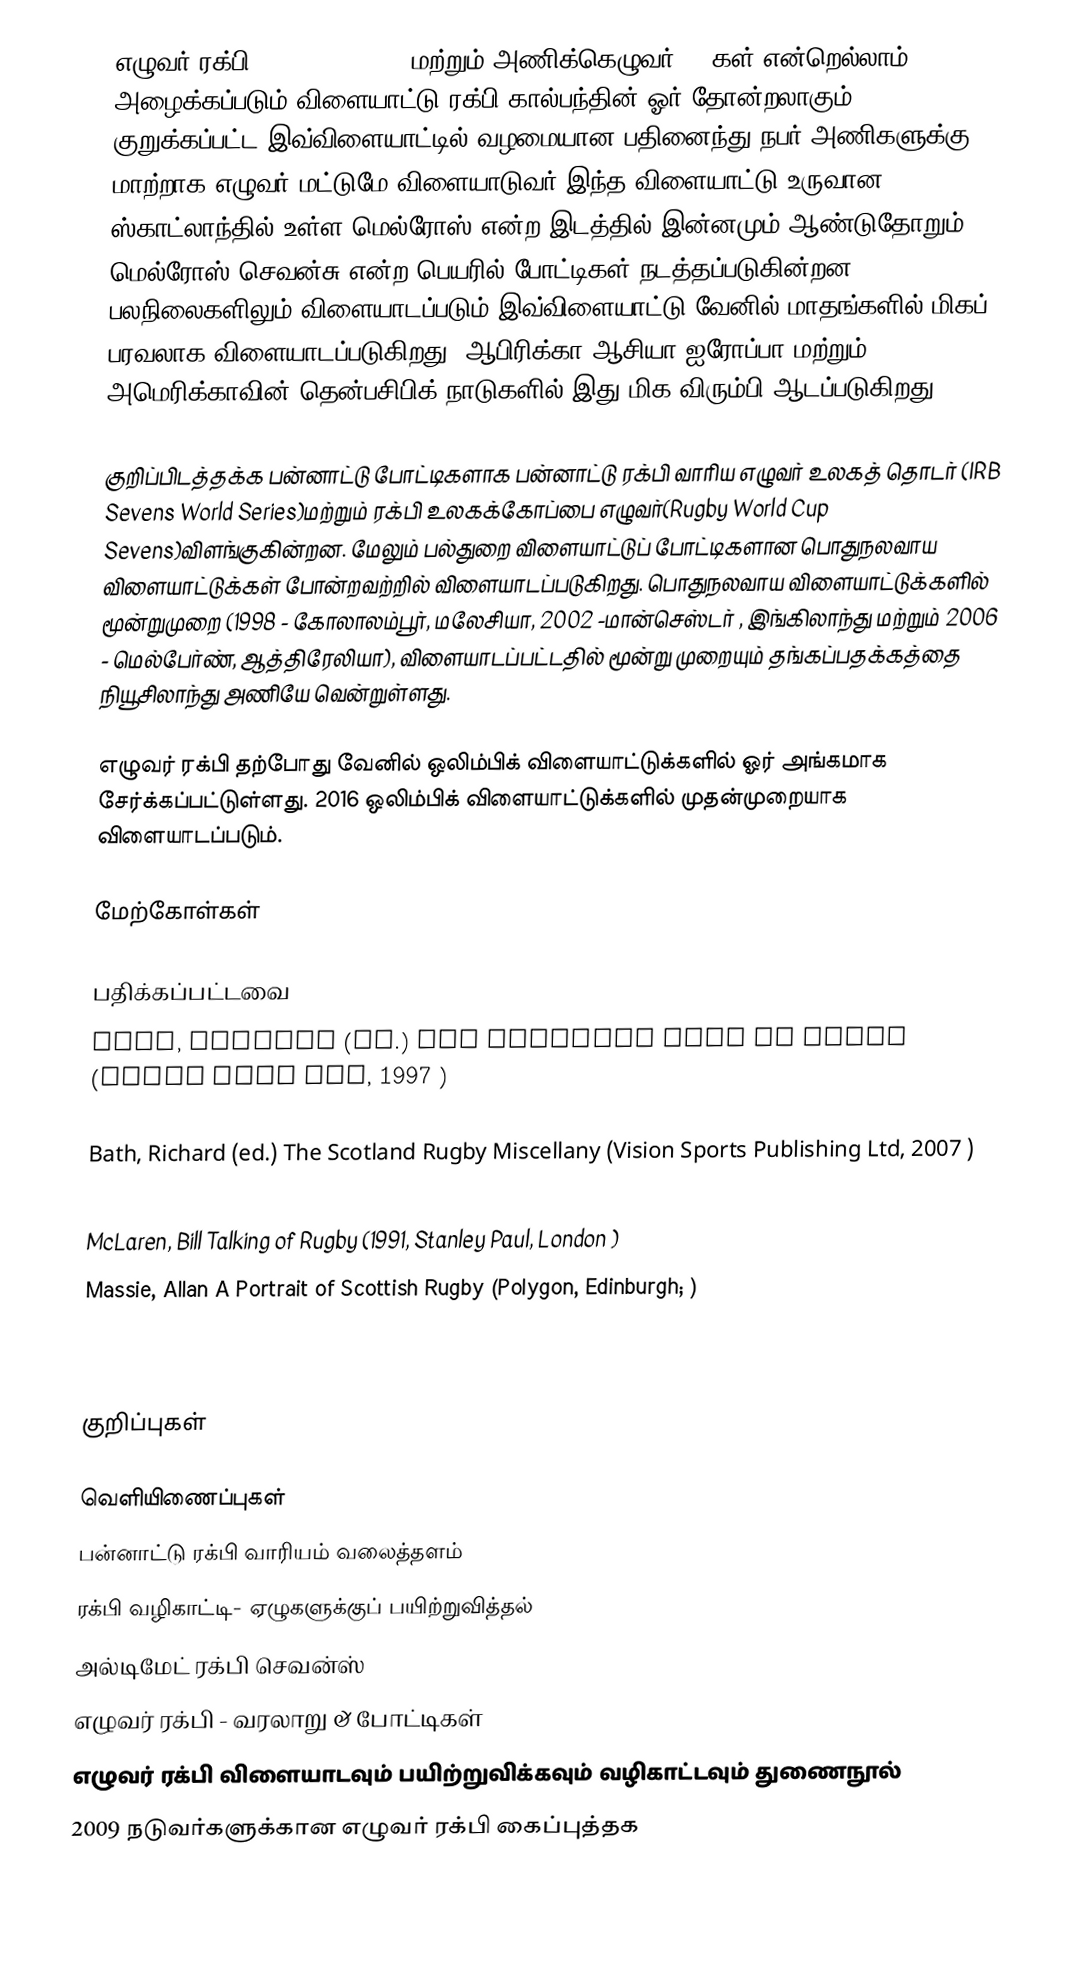
எழுவர் ரக்பி (Rugby sevens), மற்றும் அணிக்கெழுவர் VIIகள்,என்றெல்லாம் அழைக்கப்படும் விளையாட்டு ரக்பி கால்பந்தின் ஓர் தோன்றலாகும். குறுக்கப்பட்ட இவ்விளையாட்டில் வழமையான பதினைந்து நபர் அணிகளுக்கு மாற்றாக எழுவர் மட்டுமே விளையாடுவர்.இந்த விளையாட்டு உருவான  ஸ்காட்லாந்தில் உள்ள மெல்ரோஸ் என்ற இடத்தில் இன்னமும் ஆண்டுதோறும் மெல்ரோஸ் செவன்சு என்ற பெயரில் போட்டிகள் நடத்தப்படுகின்றன. பலநிலைகளிலும் விளையாடப்படும் இவ்விளையாட்டு வேனில் மாதங்களில் மிகப் பரவலாக விளையாடப்படுகிறது. ஆபிரிக்கா,ஆசியா,ஐரோப்பா மற்றும் அமெரிக்காவின் தென்பசிபிக் நாடுகளில் இது மிக விரும்பி ஆடப்படுகிறது.

குறிப்பிடத்தக்க பன்னாட்டு போட்டிகளாக பன்னாட்டு ரக்பி வாரிய எழுவர் உலகத் தொடர் (IRB Sevens World Series)மற்றும் ரக்பி உலகக்கோப்பை எழுவர்(Rugby World Cup Sevens)விளங்குகின்றன. மேலும் பல்துறை விளையாட்டுப் போட்டிகளான பொதுநலவாய விளையாட்டுக்கள் போன்றவற்றில் விளையாடப்படுகிறது. பொதுநலவாய விளையாட்டுக்களில் மூன்றுமுறை (1998 - கோலாலம்பூர், மலேசியா, 2002 -மான்செஸ்டர் , இங்கிலாந்து மற்றும் 2006 - மெல்பேர்ண், ஆத்திரேலியா), விளையாடப்பட்டதில் மூன்று முறையும் தங்கப்பதக்கத்தை நியூசிலாந்து அணியே வென்றுள்ளது.

எழுவர் ரக்பி தற்போது வேனில் ஒலிம்பிக் விளையாட்டுக்களில் ஓர் அங்கமாக சேர்க்கப்பட்டுள்ளது. 2016 ஒலிம்பிக் விளையாட்டுக்களில் முதன்முறையாக விளையாடப்படும்.

மேற்கோள்கள்

பதிக்கப்பட்டவை
 Bath, Richard (ed.) The Complete Book of Rugby (Seven Oaks Ltd, 1997 )

 Bath, Richard (ed.) The Scotland Rugby Miscellany (Vision Sports Publishing Ltd, 2007 )
 Jones, J.R. Encyclopedia of Rugby Union Football (Robert Hale, London, 1976 )
 McLaren, Bill Talking of Rugby (1991, Stanley Paul, London )
 Massie, Allan A Portrait of Scottish Rugby (Polygon, Edinburgh; )

 Starmer-Smith, Nigel (ed) Rugby - A Way of Life, An Illustrated History of Rugby (Lennard Books, 1986 )

குறிப்புகள்

வெளியிணைப்புகள்
பன்னாட்டு ரக்பி வாரியம் வலைத்தளம்
ரக்பி வழிகாட்டி- ஏழுகளுக்குப் பயிற்றுவித்தல்
 அல்டிமேட் ரக்பி செவன்ஸ்
 எழுவர் ரக்பி - வரலாறு & போட்டிகள்
 எழுவர் ரக்பி விளையாடவும் பயிற்றுவிக்கவும் வழிகாட்டவும் துணைநூல்
 2009 நடுவர்களுக்கான எழுவர் ரக்பி கைப்புத்தக